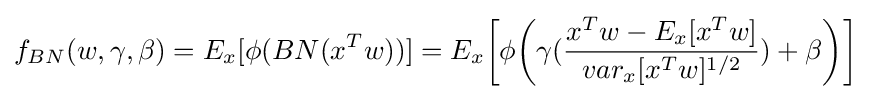
f_{BN}(w,\gamma ,\beta )=E_{x}[\phi (BN(x^{T}w))]=E_{x}{\bigg [}\phi {\bigg (}\gamma ({\frac {x^{T}w-E_{x}[x^{T}w]}{var_{x}[x^{T}w]^{1/2}}})+\beta {\bigg )}{\bigg ]}